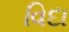
વિદા